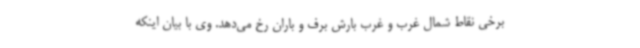
برخی نقاط شمال غرب و غرب بارش برف و باران رخ می‌دهد. وی با بیان اینکه